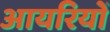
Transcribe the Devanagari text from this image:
आयरियों